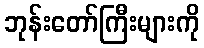
ဘုန်းတော်ကြီးများကို